Calcutta medical institutions reports 1892-1900
Year: 1892
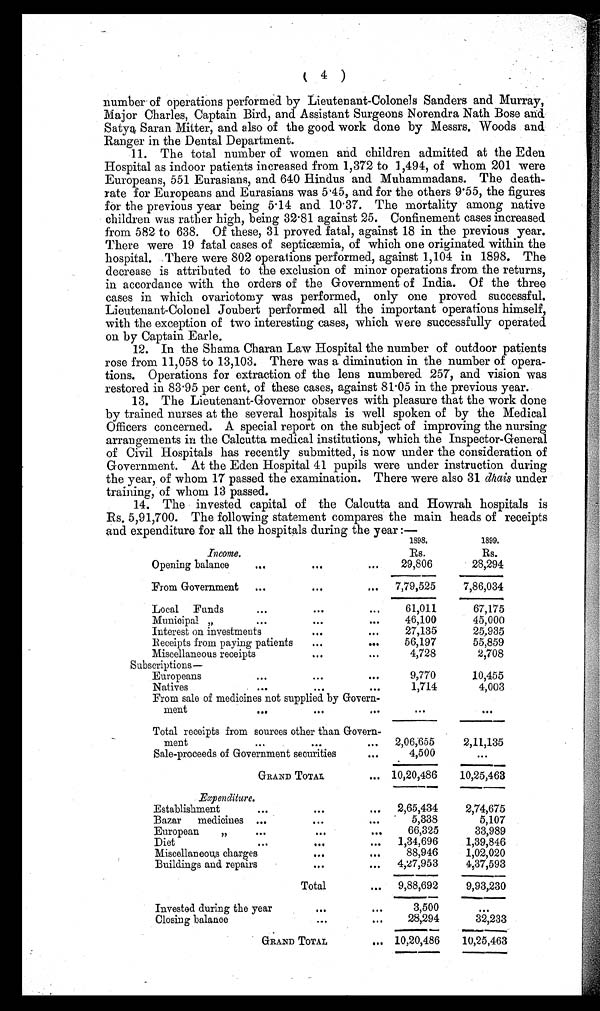
number of operations performed by Lieutenant-Colonels Sanders and Murray,
Major Charles, Captain Bird, and Assistant Surgeons Norendra Nath Bose and
Satya Saran Mitter, and also of the good work done by Messrs. Woods and
Ranger in the Dental Department.
11. The total number of women and children admitted at the Eden
Hospital as indoor patients increased from 1,372 to 1,494, of whom 201 were
Europeans, 551 Eurasians, and 640 Hindus and Muhammadans. The death
-rate for Europeans and Eurasians was 5.45, and for the others 9.55, the figures
for the previous year being 5.14 and 10.37. The mortality among native
children was rather high, being 32.81 against 25. Confinement cases increased
from 582 to 638. Of these, 31 proved fatal, against 18 in the previous year.
There were 19 fatal cases of septicæmia, of which one originated within the
hospital. There were 802 operations performed, against 1,104 in 1898. The
decrease is attributed to the exclusion of minor operations from the returns,
in accordance with the orders of the Government of India. Of the three
cases in which ovariotomy was performed, only one proved successful.
Lieutenant-Colonel Joubert performed all the important operations himself,
with the exception of two interesting cases, which were successfully operated
on by Captain Earle.
12. In the Shama Charan Law Hospital the number of outdoor patients
rose from 11,058 to 13,103. There was a diminution in the number of opera
-tions. Operations for extraction of the lens numbered 257, and vision was
restored in 83.95 per cent. of these cases, against 81.05 in the previous year.
13. The Lieutenant-Governor observes with pleasure that the work done
by trained nurses at the several hospitals is well spoken of by the Medical
Officers concerned. A special report on the subject of improving the nursing
arrangements in the Calcutta medical institutions, which the Inspector-General
of Civil Hospitals has recently submitted, is now under the consideration of
Government. At the Eden Hospital 41 pupils were under instruction during
the year, of whom 17 passed the examination. There were also 31 dhais under
training, of whom 13 passed.
14. The invested capital of the Calcutta and Howrah hospitals is
Rs. 5,91,700. The following statement compares the main heads of receipts
and expenditure for all the hospitals during the year:—
1898.
1899.
Income.
Rs.
Rs.
Opening balance
...
...
...
29,806
28,294
From Government ...
...
... 7,79,525
7,86,034
Local Funds
...
...
...
61,011
67,175
Municipal "
...
...
...
46,100
45,000
Interest on investments
...
...
27,135
25,935
Receipts from paying patients
...
...
56,197
55,859
Miscellaneous receipts
...
...
4,728
2,708
Subscriptions—
Europeans
...
...
...
9,770
10,455
Natives
...
...
1,714
4,003
From sale of medicines not supplied by Govern
-
ment
...
...
...
...
...
Total receipts from sources other than Govern
-
ment
...
...
... 2,06,655
2,11,135
Sale-proceeds of Government securities
...
4,500
...
GRAND TOTAL
... 10,20,486
10,25,463
Expenditure.
Establishment
...
...
... 2,65,434
2,74,675
Bazar medicines ...
...
...
5,338
5,107
European
"
...
...
...
66,325
33,989
Diet
...
...
... 1,34,696
1,39,846
Miscellaneous charges
...
...
88,946
1,02,020
Buildings and repairs
...
... 4,27,953
4,37,593
Total
... 9,88,692
9,93,230
Invested during the year
...
...
3,500
...
Closing balance
...
...
28,294
32,233
GRAND TOTAL
. . .
10,20,486
10,25,463